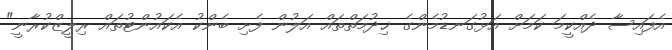
އެފައިސާ ދެއްކީމަ ކަމަށް އަޅުގަނޑުމެންގެ ޚިދުމަތްތައް އަލުން ފެށި ބެންކު އެކައުންޓުތައް ރިލީޒްކުރާނީ"